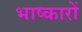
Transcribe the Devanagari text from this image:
भाष्कारों